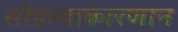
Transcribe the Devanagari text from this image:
सोडल्याकारणान